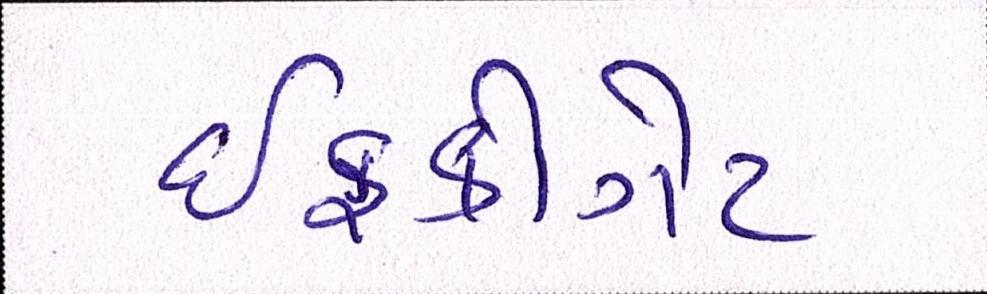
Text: ઈફકોગેટ